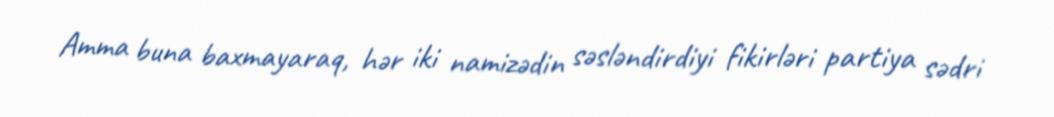
Amma buna baxmayaraq, hər iki namizədin səsləndirdiyi fikirləri partiya sədri